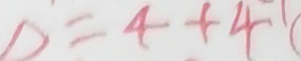
D = 4 + 4